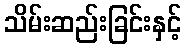
သိမ်းဆည်းခြင်းနှင့်